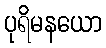
ပုရိမနယော